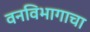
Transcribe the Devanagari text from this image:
वनविभागाचा